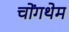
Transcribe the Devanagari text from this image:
चोंगथेम